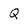
Character: Q